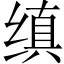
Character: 缜